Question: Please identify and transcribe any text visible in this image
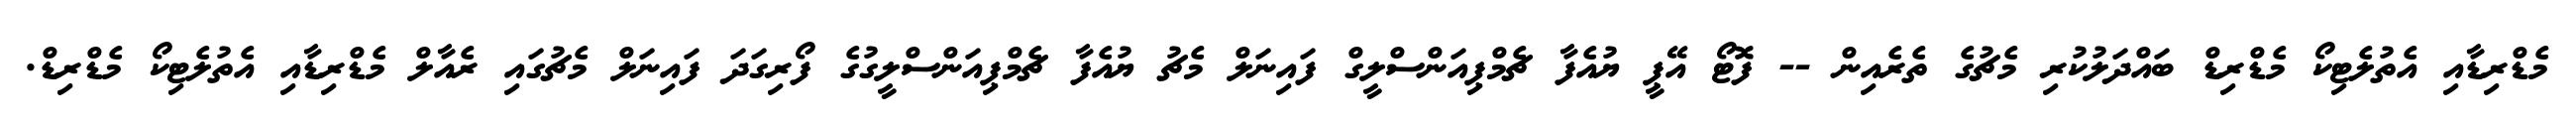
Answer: މެޑްރިޑާއި އެތުލެޓިކޯ މެޑްރިޑް ބައްދަލުކުރި މެޗުގެ ތެރެއިން -- ފޮޓޯ އޭޕީ ޔުއެފާ ޗެމްޕިއަންސްލީގް ފައިނަލް މެޗު ޔުއެފާ ޗެމްޕިއަންސްލީގުގެ ފޯރިގަދަ ފައިނަލް މެޗުގައި ރެއާލް މެޑްރިޑާއި އެތުލެޓިކޯ މެޑްރިޑް.